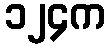
၁၂၄က